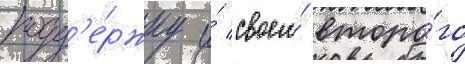
подд'е́ржку и́ своего́ второ́го